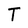
Character: T